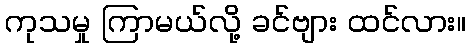
ကုသမှု ကြာမယ်လို့ ခင်ဗျား ထင်လား။